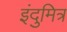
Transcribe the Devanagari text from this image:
इंदुमित्र